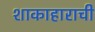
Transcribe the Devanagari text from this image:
शाकाहाराची